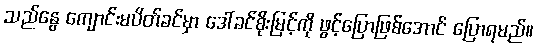
သည်နွေ ကျောင်းမပိတ်ခင်မှာ ဒေါ်ခင်စိုးမြင့်ကို ဖွင့်ပြောဖြစ်အောင် ပြောရမည်။